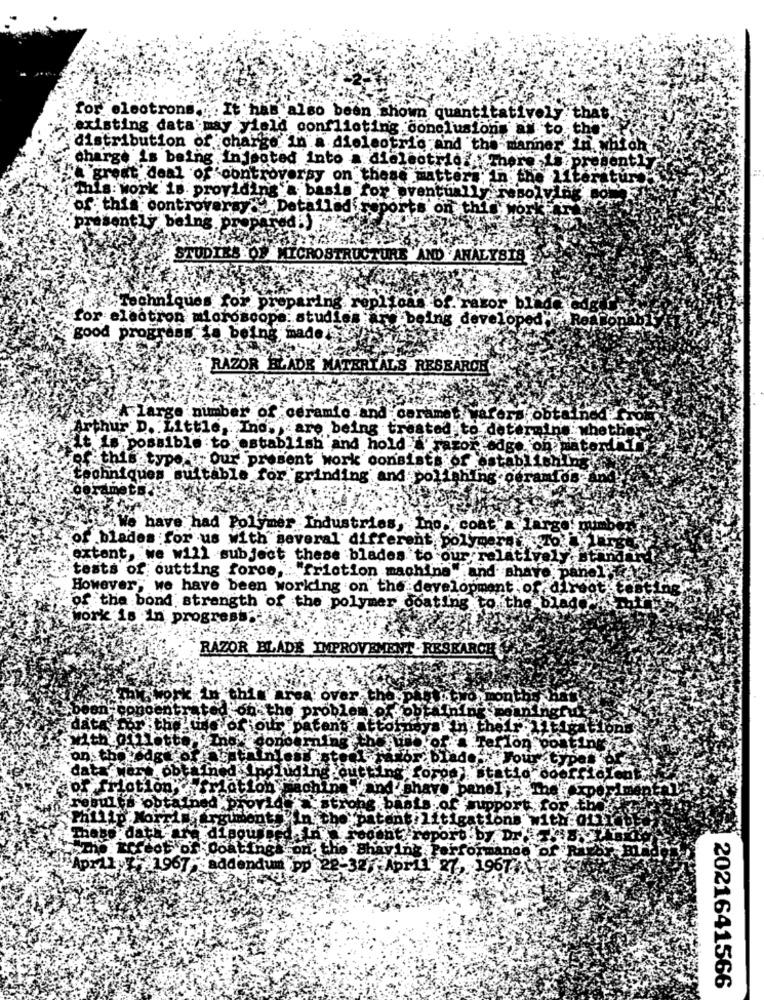
for electrons. It has also been shown quantitatively th
existing data may yield conflicting conclusions as to the'
distribution of charge in a dieleotrio and the manner in which
charge is being Injected into a dielectric .There ,. presently
A great deal of controversy on these matters" In the" :"
erature
this work is providing a basis for eventually insolving
of this controversy " Detallad reports on this
presently being. prop
STUDIES OF
MICROSTRUCTURE AND ANALYSIS
Techniques for preparingy
bf. razor bla
for electron microscope: studies
eing developed
good progress ta being made ty
RAZOR BLADE
ERIALS RESEARCH
ge number of ceramic and cerame
ord .ob
thur D. Little,Inos are being treated to deter
the
It is possible to establish and hold arator
on
of this type Our present work consists of
techniques suitable for grinding and polishing.od
Amets
"We have had Polymer Industries, Ino coat.
of blades for us with several different, polymers ,Tok
extent, we will subject these blades to our relative
tests of outting force ,: "friction machine",and Bhave"
However, we have been working on the development of
of the bond strength of the polymer doating to.
work is in progress
RAZOR BLADE IMPROVEMENT - RESEARCH
once
lon
dg
Lotion
is obtain
data-are disous
Perfo
mange of!
1967:addendum"po
32 :Apr11 : 27, 1967
2021641566